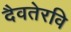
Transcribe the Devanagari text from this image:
दैवतेरवि